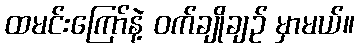
ထမင်းကြော်နဲ့ ဝက်ချိုချဉ် မှာမယ်။